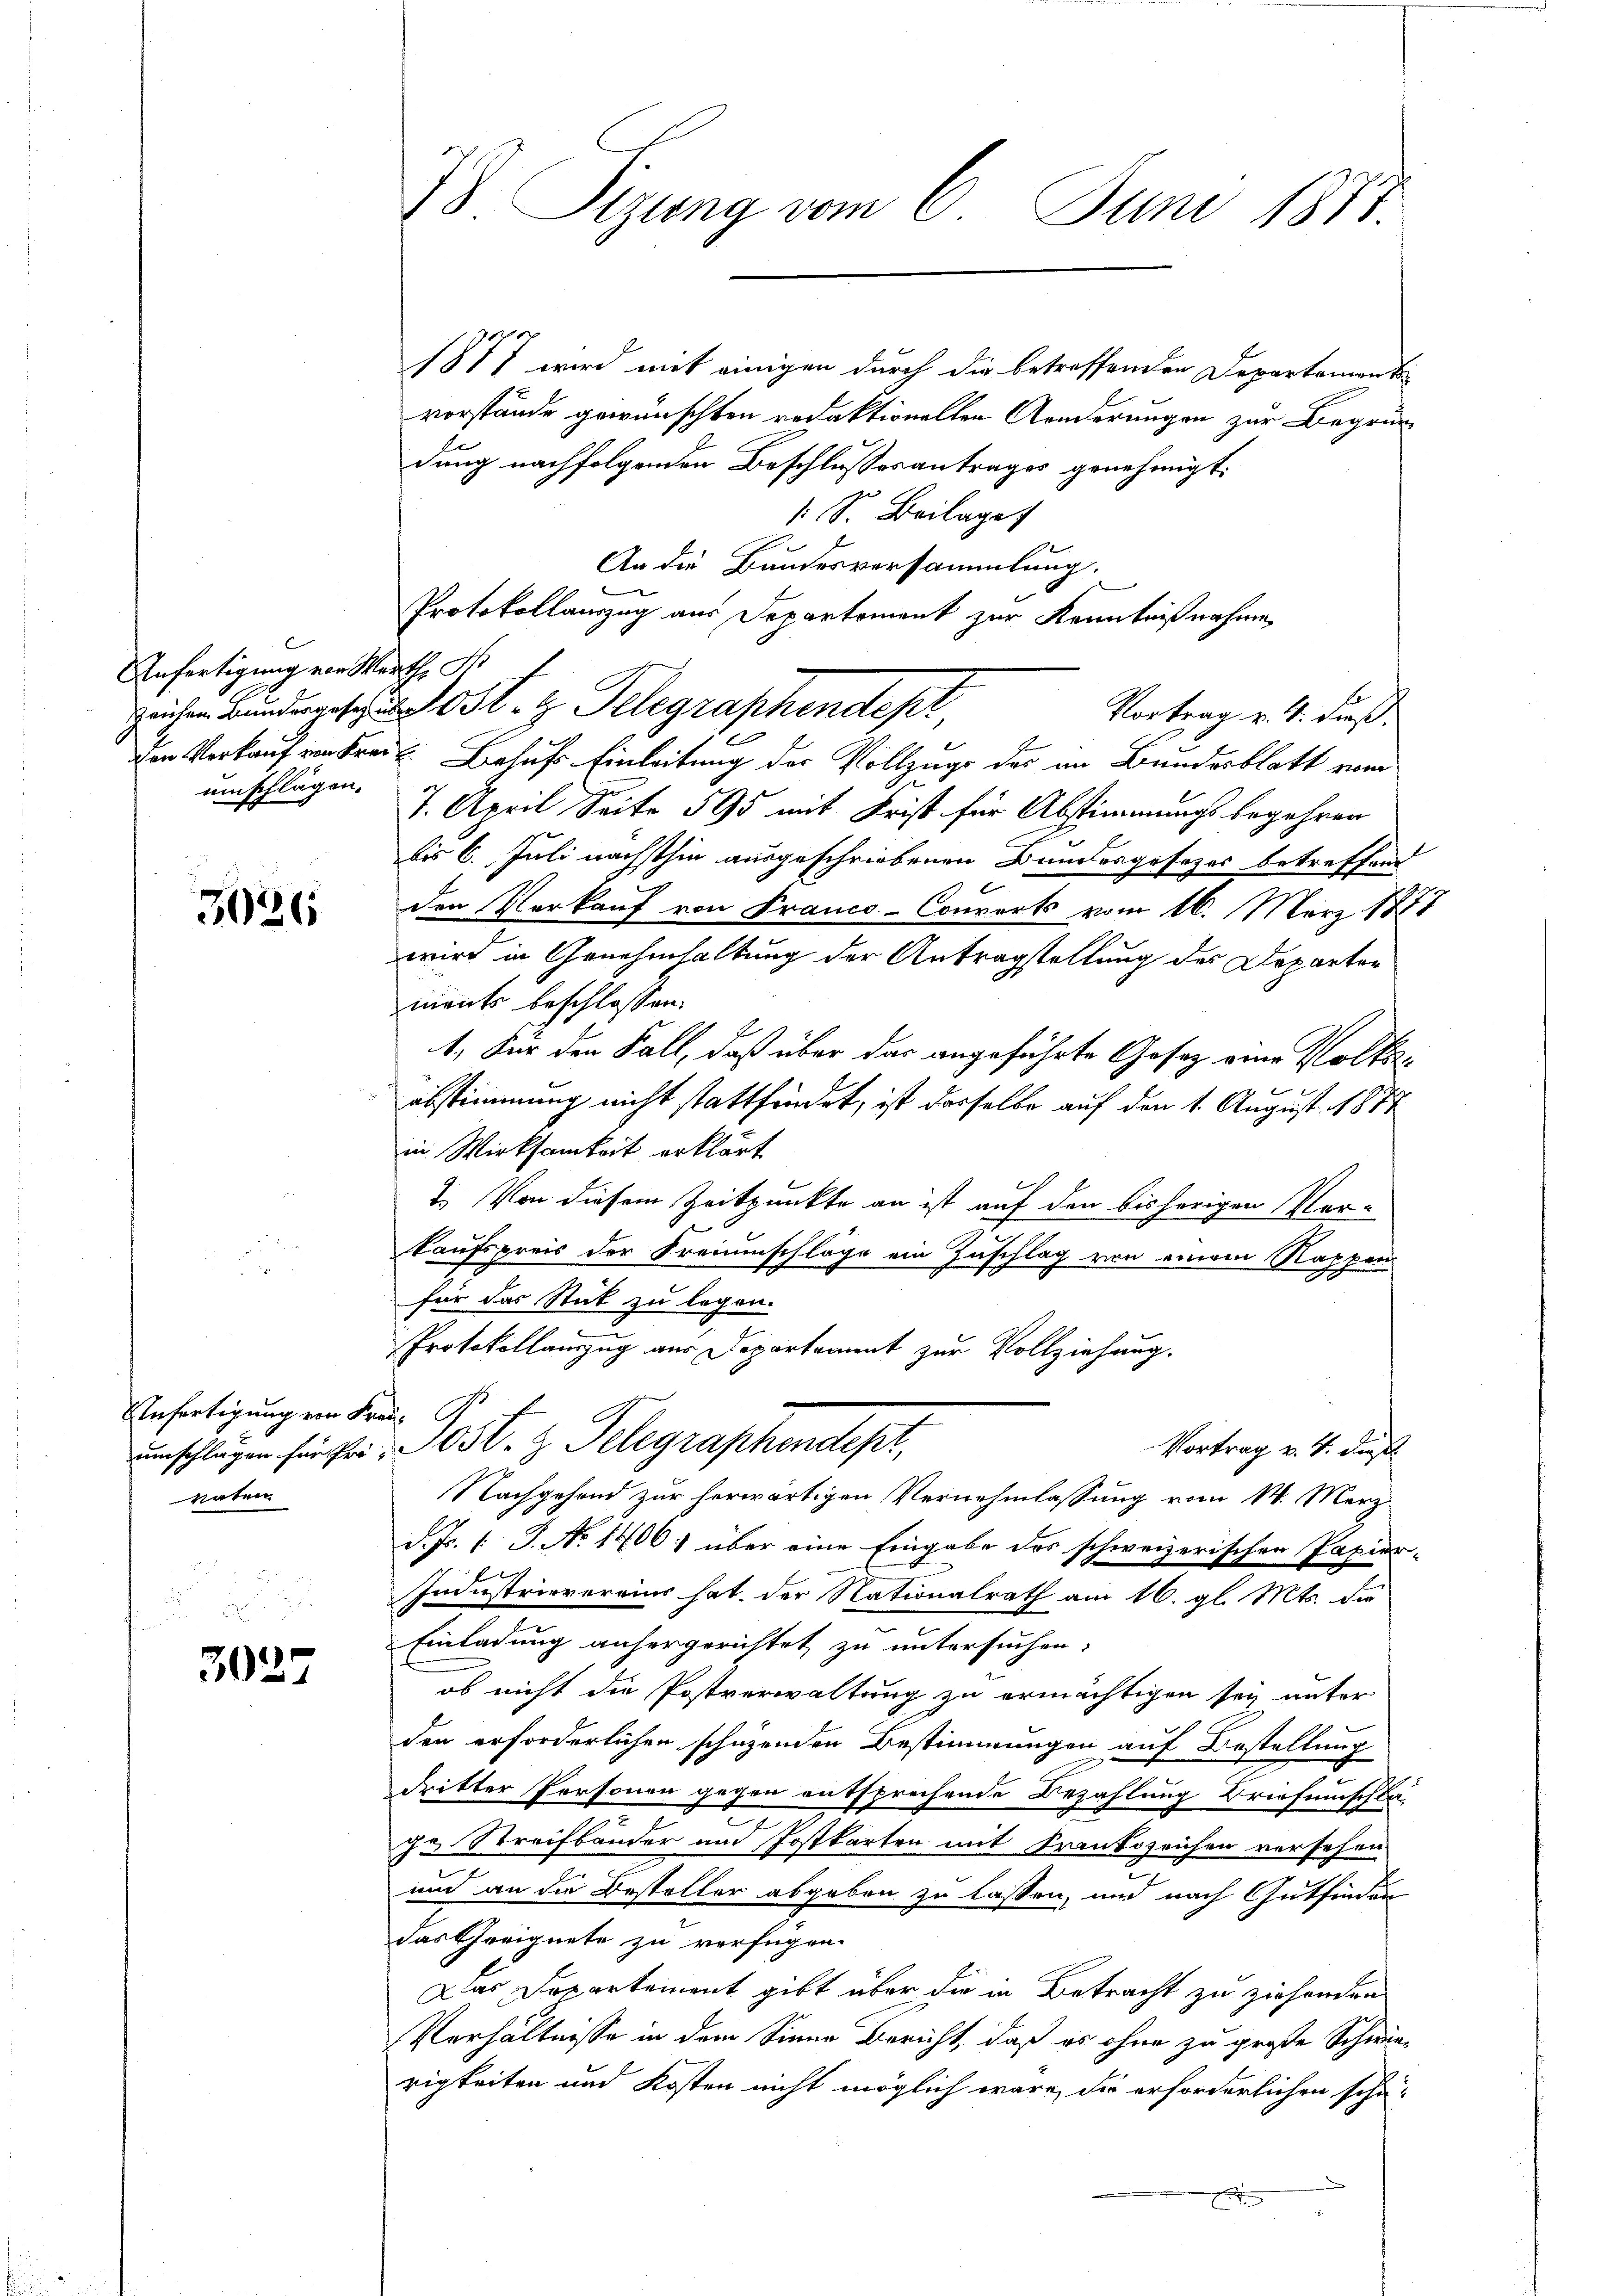
Anfertigung von Werthe d
umschlägen.

3026

Anfertigung von Freuvaten

3027

1877 wird mit einigen durch die betreffenden Departement
vorstände gewünschten redaktionellen Aenderungen zur Begründung nachfolgenden Beschlussesantrages genehmigt.
S. Beilage
An die Bundesversammlung.
Protokollauszug aus Departement zur Kenntnißnahme
Heiden Bunderges. S. z. Telegraphendepr
1
den Vorkauf ein Frei Behufs Einleitung der Vollzuge des an Bundesblatt vom
7. April Seite 595 mit Frist für Abstimmungsbegehren
bis 6. Juli nächsthin ausgeschriebenen Bundesgesezes betreffend
den Verkauf von Franco-Couverts vom 16. März 1877
wird in Genehmhaltung der Antragstellung des Departen
ments beschlossen:
1. Für den Fall, daß über das angeführte Gesetz eine Volks¬
0 x
abstimmung nicht stattfindet, ist dasselbe auf den 1. August 1877
in Wirksamkeit erklärt
2.) Von diesem Zeitpunkte an ist auf den bishörigen Ver-
kaufspreis der Freiumschläge ein Zuschlag von einem Rappen
für das Stut zu legen.
Protokollauszug aus Departement zur Vollziehung.
umschlagen für frei Ost- & Telegraphendepr
Vortrag v. 4. dieß
Nachgehend zur herwärtigen Vernehmlassung vom 14. März
d. Js. 1. J. No 1406. über eine Eingabe des schweizerischen Papier-
Industrievereins hat der Nationalrath am 16. gl. Mts. die
Einladung anhergerichtet zu untersuchen.
ob nicht die Postverwaltung zu ermächtigen sey unter
den erforderlichen schuzenden Bestimmungen auf Bestellung
dritter Personen gegen entsprechende Bezahlung Briefenschlage Streifbänder und Postkarten mit Krankozeichen versehen
und an die Besteller abgeben zu lassen, und nach Gutfinden
das Geeignete zu verfügen.
Das Departement gibt über die in Betracht zu ziehenden
Verhältnisse in dem Sinne Bericht, daß es ohne zu große Schwin-
rigkeiten und Kosten nicht möglich wäre, die erforderlichen schä-

78. Sizung vom 6. Juni 1811.

Vortrag v. 4. dieß.